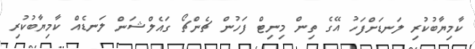
ކާމިޔާބުކުރި ލަނޑަށްފަހު އޭގެ ތިން މިނިޓް ފަހުން ޗެންޗޯ ގައެލްޝަން ލަނޑެއް ކާމިޔާބުކުރި